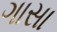
ગાસા